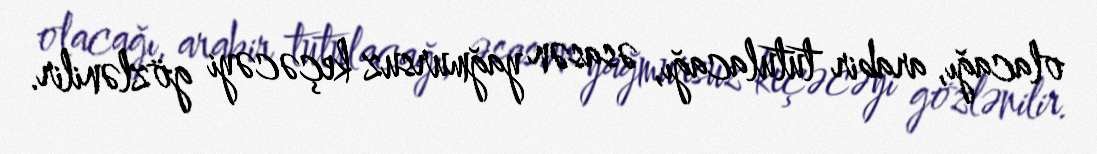
olacağı, arabir tutulacağı, əsasən yağmursuz keçəcəyi gözlənilir.